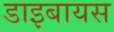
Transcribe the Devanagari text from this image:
डाइबायस